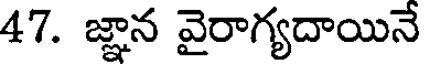
47. జ్ఞాన వైరాగ్యదాయినే